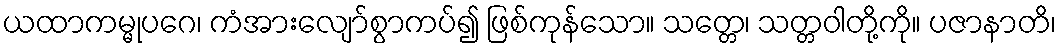
ယထာကမ္မုပဂေ၊ ကံအားလျော်စွာကပ်၍ ဖြစ်ကုန်သော။ သတ္တေ၊ သတ္တဝါတို့ကို။ ပဇာနာတိ၊